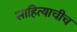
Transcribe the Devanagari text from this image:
साहित्याचीच